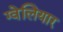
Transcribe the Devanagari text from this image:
ग्वेलियार